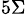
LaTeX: _{5\Sigma}